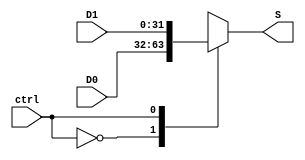
`timescale 1ns / 1ps
//////////////////////////////////////////////////////////////////////////////////
// Company: 
// Engineer: 
// 
// Design Name: 
// Module Name:    Multiplexer_AC 
// Project Name: 
// Target Devices: 
// Tool versions: 
// Description: 
//
// Dependencies: 
//
// Revision: 
// Revision 0.01 - File Created
// Additional Comments: 
//
//////////////////////////////////////////////////////////////////////////////////
module Multiplexer_AC
	# (parameter W = 32)
	(
		input wire ctrl,
		input wire [W-1:0] D0,
		input wire [W-1:0] D1,
		output reg [W-1:0] S
		
    );


   always @(ctrl, D0, D1)
      case (ctrl)
         1'b0: S <= D0;
         1'b1: S <= D1;
      endcase
		


endmodule